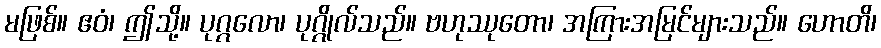
မဖြစ်။ ဧဝံ၊ ဤသို့။ ပုဂ္ဂလော၊ ပုဂ္ဂိုလ်သည်။ ဗဟုဿုတော၊ အကြားအမြင်များသည်။ ဟောတိ၊